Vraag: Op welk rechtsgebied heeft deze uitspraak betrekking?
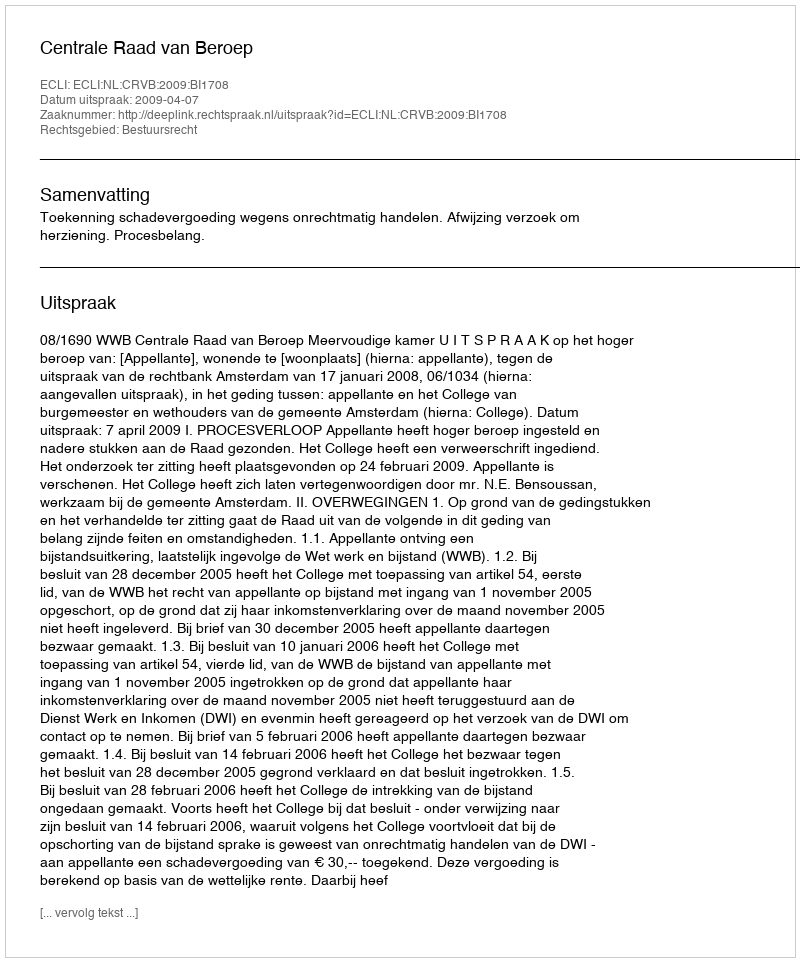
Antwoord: Bestuursrecht